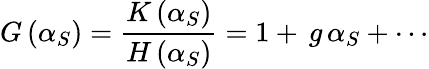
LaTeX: G\left(\alpha_{S}\right)=\frac{K\left(\alpha_{S}\right)}{H\left(\alpha_{S}\right)}=1+\, g\, \alpha_{S}+\cdots